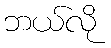
ဘယ်လို